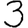
Digit: 3